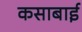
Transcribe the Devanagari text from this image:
कसाबाई